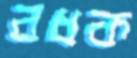
বধক